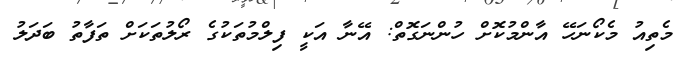
މެތިއު މެކޯނަހޭ އާންމުކޮށް ހުންނަގޮތް: އޭނާ އަކީ ފިލްމުތަކުގެ ރޯލުތަކަށް ތަފާތު ބަދަލު